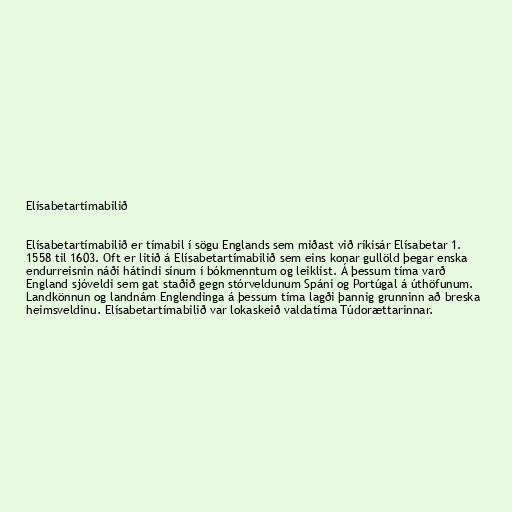
Elísabetartímabilið

Elísabetartímabilið er tímabil í sögu Englands sem miðast við ríkisár Elísabetar 1.
1558 til 1603. Oft er litið á Elísabetartímabilið sem eins konar gullöld þegar enska
endurreisnin náði hátindi sínum í bókmenntum og leiklist. Á þessum tíma varð
England sjóveldi sem gat staðið gegn stórveldunum Spáni og Portúgal á úthöfunum.
Landkönnun og landnám Englendinga á þessum tíma lagði þannig grunninn að breska
heimsveldinu. Elísabetartímabilið var lokaskeið valdatíma Túdorættarinnar.